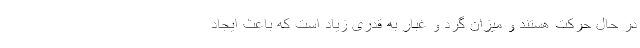
در حال حرکت هستند و میزان گرد و غبار به قدری زیاد است که باعث ایجاد